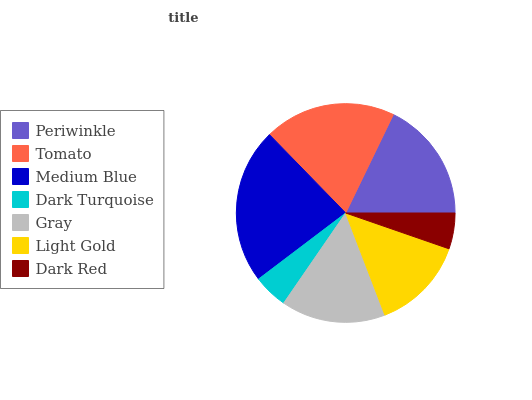
| Periwinkle | Tomato | Medium Blue | Dark Turquoise | Gray | Light Gold | Dark Red |
 | --- | --- | --- | --- | --- | --- | --- |
 | 17.8% | 19.4% | 23.1% | 5.09% | 15.4% | 13.9% | 5.32% |